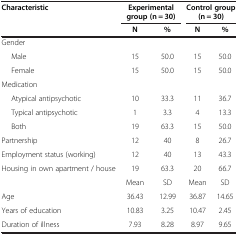
| Characteristic | <COLSPAN=2> Experimental group (n = 30) | <COLSPAN=2> Control group (n = 30) |
 |  | N | % | N | % |
 | --- | --- | --- | --- | --- |
 | Gender |  |  |  |  |
 | Male | 15 | 50.0 | 15 | 50.0 |
 | Female | 15 | 50.0 | 15 | 50.0 |
 | Medication |  |  |  |  |
 | Atypical antipsychotic | 10 | 33.3 | 11 | 36.7 |
 | Typical antipsychotic | 1 | 3.3 | 4 | 13.3 |
 | Both | 19 | 63.3 | 15 | 50.0 |
 | Partnership | 12 | 40 | 8 | 26.7 |
 | Employment status (working) | 12 | 40 | 13 | 43.3 |
 | Housing in own apartment / house | 19 | 63.3 | 20 | 66.7 |
 |  | Mean | SD | Mean | SD |
 | Age | 36.43 | 12.99 | 36.87 | 14.65 |
 | Years of education | 10.83 | 3.25 | 10.47 | 2.45 |
 | Duration of illness | 7.93 | 8.28 | 8.97 | 9.65 |